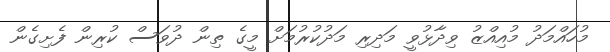
މުހައްމަދު މުއިއްޒު ވިދާޅުވީ މަދިރި މަދުކުރުމަށް މީގެ ތިން ދުވަސް ކުރިން ފެށިގެން